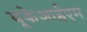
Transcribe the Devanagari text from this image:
यूकेआईएम